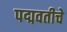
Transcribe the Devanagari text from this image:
पद्मवतीचे